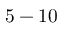
5 - 1 0